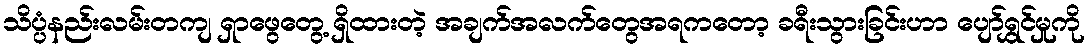
သိပ္ပံနည်းလမ်းတကျ ရှာဖွေတွေ့ ရှိထားတဲ့ အချက်အလက်တွေအရကတော့ ခရီးသွားခြင်းဟာ ပျော်ရွှင်မှုကို